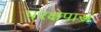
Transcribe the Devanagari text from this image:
परक्षेपास्त्र